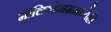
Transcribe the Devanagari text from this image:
मॉलिब्डेनममध्येही